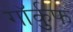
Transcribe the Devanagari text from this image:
गॉर्कुफ